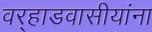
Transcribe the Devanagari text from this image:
वर्‍हाडवासीयांना